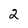
Character: 2